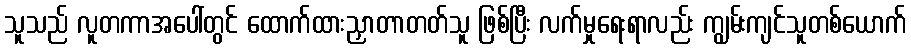
သူသည် လူတကာအပေါ်တွင် ထောက်ထားညှာတာတတ်သူ ဖြစ်ပြီး လက်မှုရေးရာလည်း ကျွမ်းကျင်သူတစ်ယောက်